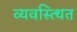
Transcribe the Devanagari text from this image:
व्यवस्त्थित